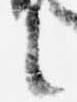
言